38_143685_box7_Incident_Summaries_1-100
Agency: Department of War
Page 60
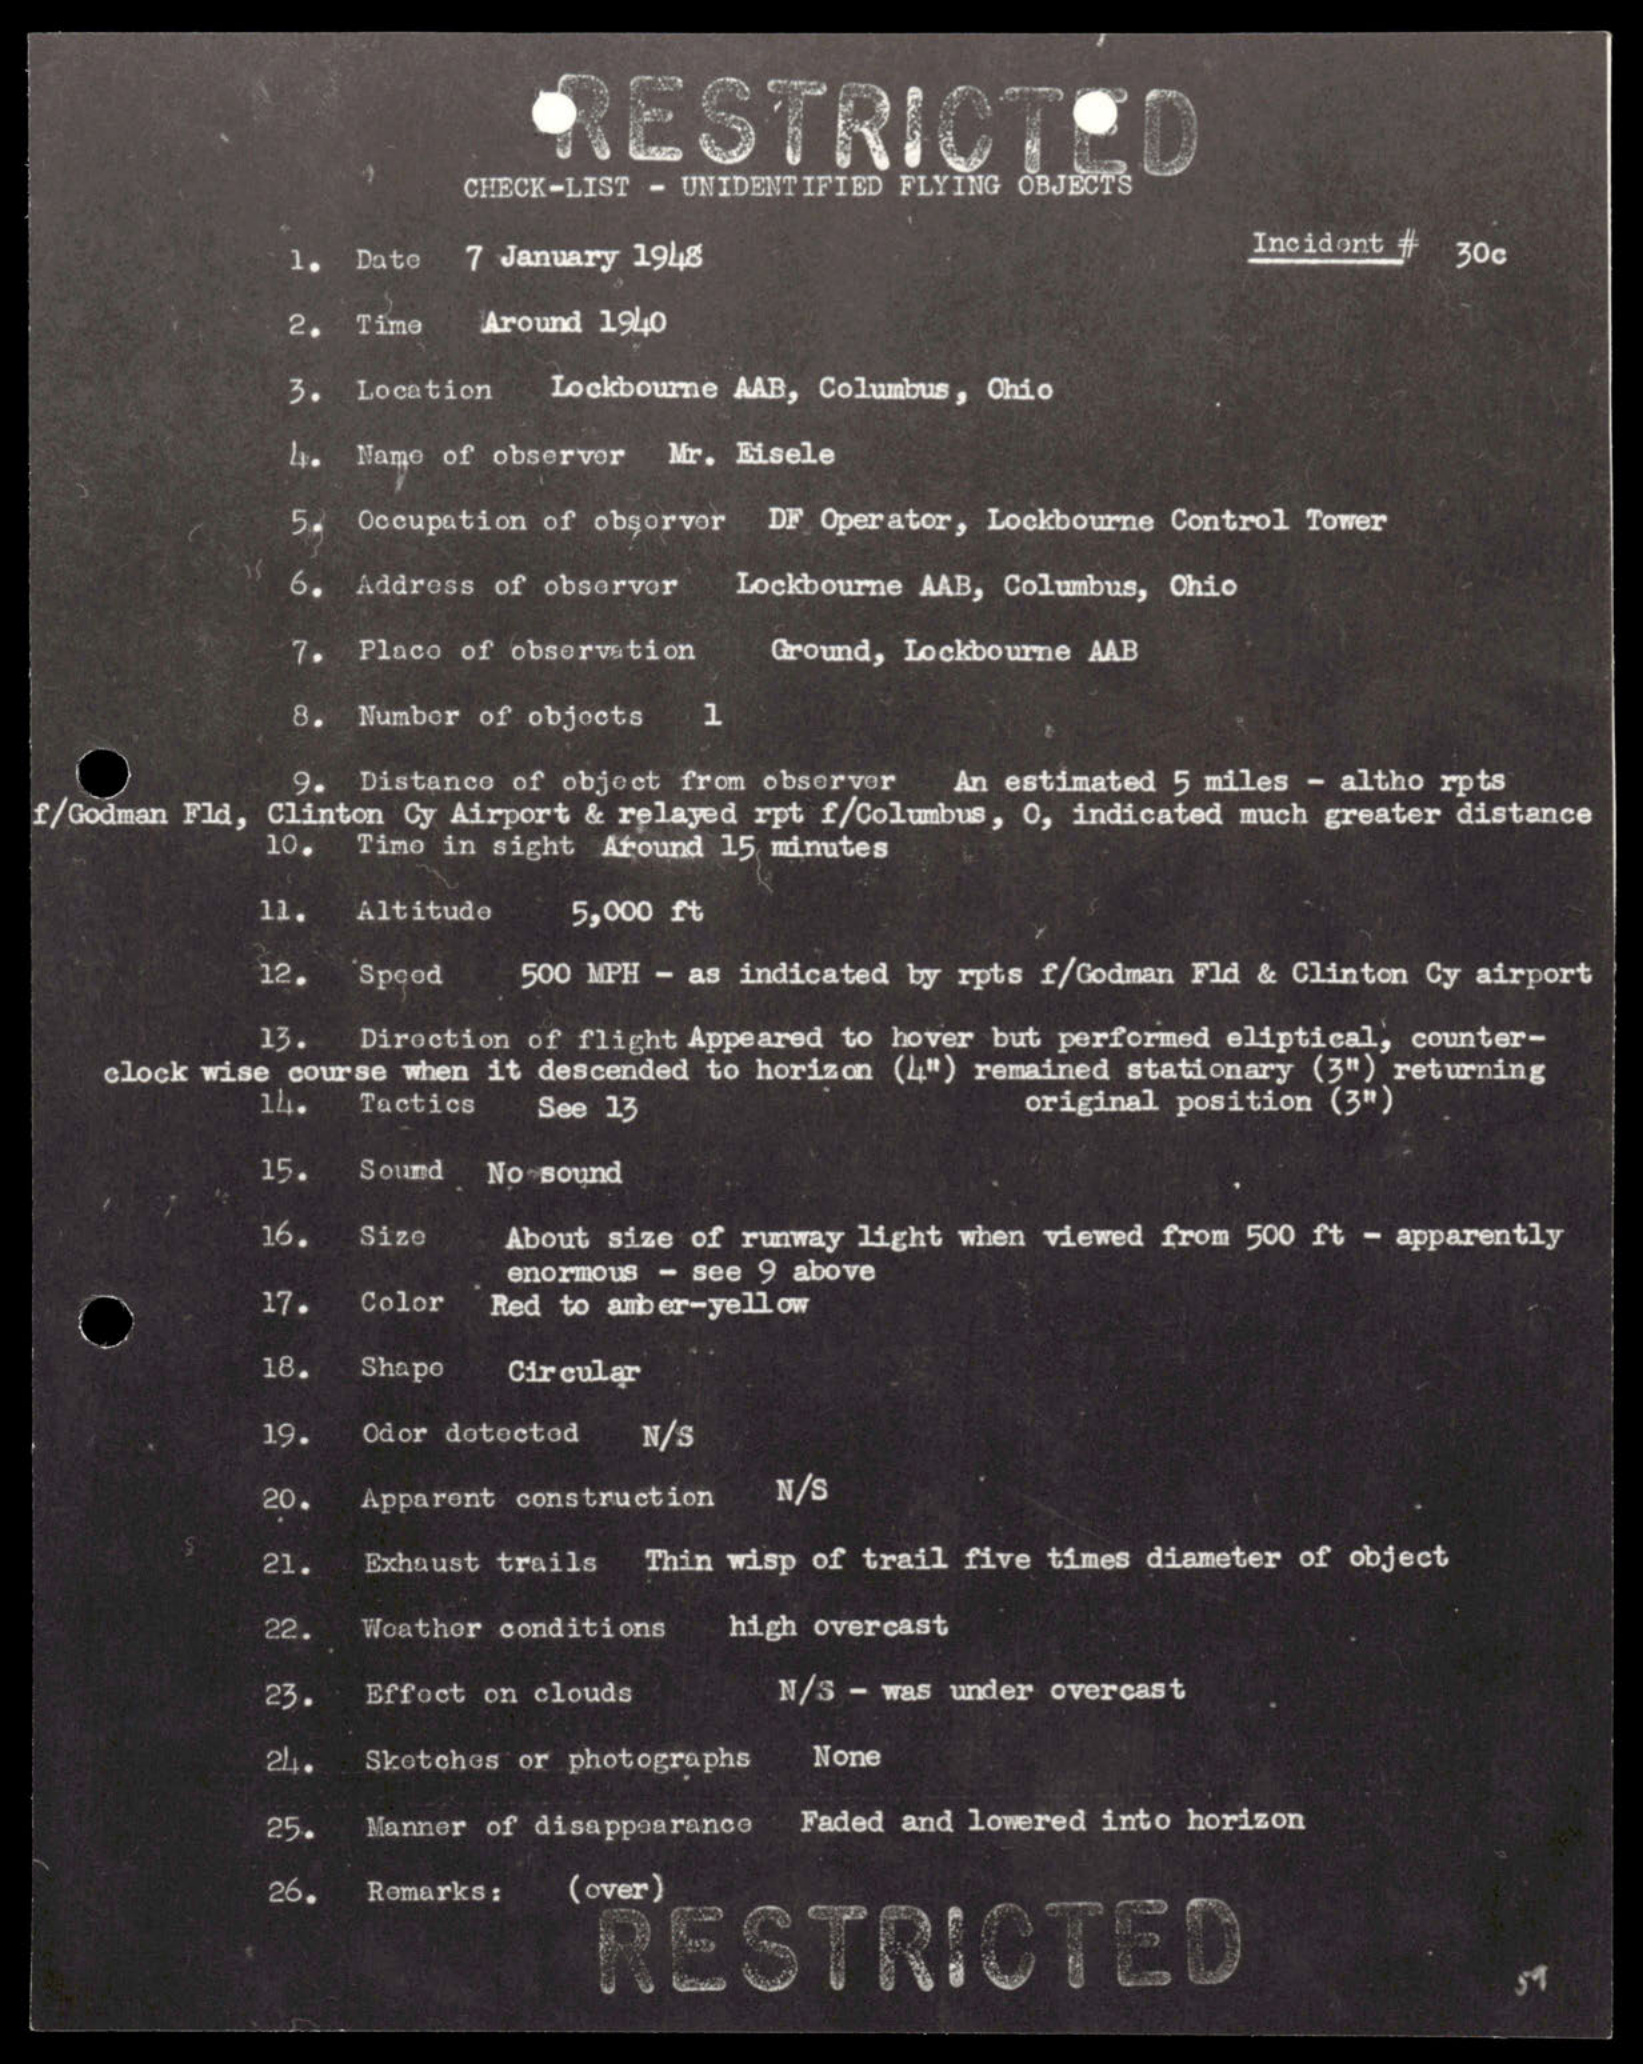